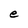
Character: e